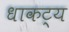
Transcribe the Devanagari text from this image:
धाकट्य